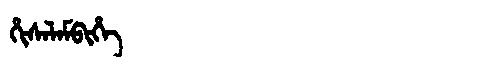
Manchu: ᡥᡳᠰᠠᠯᠠᠮᠪᡳᡥᡝ
Romanization: HISALAMBIHE